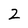
Character: 2